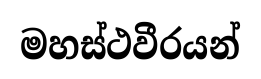
මහස්ථවීරයන්